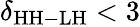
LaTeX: \delta_{\mathrm{{HH-LH}}}<3